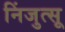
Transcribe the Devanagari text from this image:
निंजुत्सू